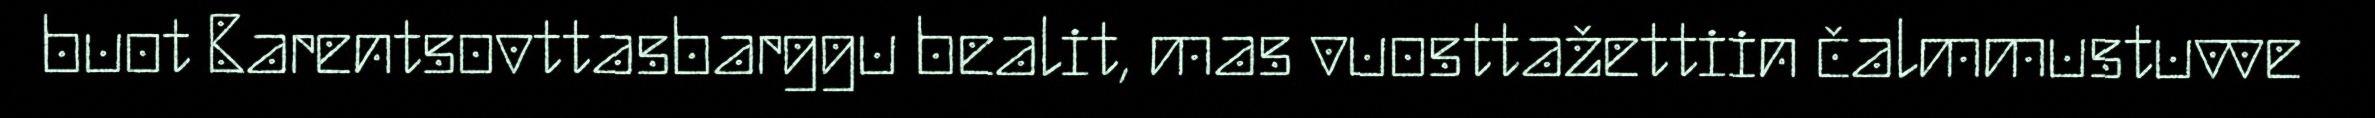
buot Barentsovttasbarggu bealit, mas vuosttažettiin čalmmustuvve